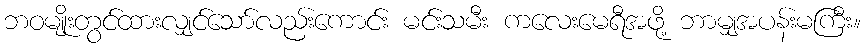
ဘဝမျိုးတွင်ထားလျှင်သော်လည်းကောင်း မင်းသမီး ကလေးမေရီအဖို့ ဘာမျှအပန်းမကြီး။